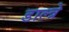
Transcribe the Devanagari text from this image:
डाल्त्रे